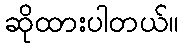
ဆိုထားပါတယ်။